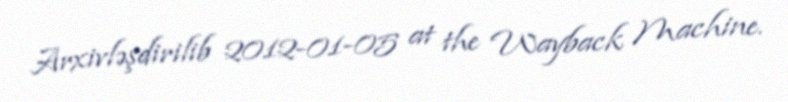
Arxivləşdirilib 2012-01-05 at the Wayback Machine.